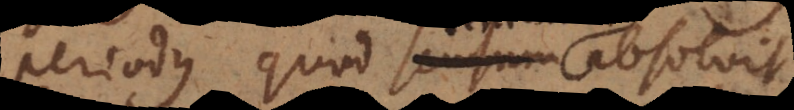
periodus quod sensum absolvi